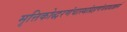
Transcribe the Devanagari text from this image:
मृत्तिकोद्धरणंचास्थांग्रहणंचयथाक्रमं